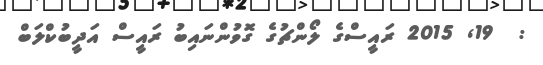
:  19